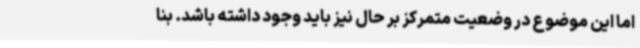
اما این موضوع در وضعیت متمرکز بر حال نیز باید وجود داشته باشد. بنا